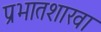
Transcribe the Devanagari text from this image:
प्रभातशाखा